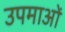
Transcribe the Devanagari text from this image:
उपमाआें